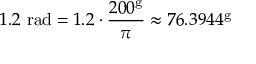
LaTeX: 1 . 2 { \mathrm { ~ r a d } } = 1 . 2 \cdot { \frac { 2 0 0 ^ { \mathrm { g } } } { \pi } } \approx 7 6 . 3 9 4 4 ^ { \mathrm { g } }